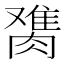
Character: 𰯋